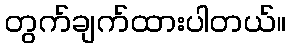
တွက်ချက်ထားပါတယ်။